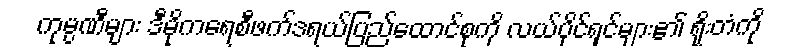
ကုမ္ပဏီများ ဒီမိုကရေစီဖက်ဒရယ်ပြည်ထောင်စုကို လယ်ပိုင်ရှင်များ၏ ရိုးတံကို